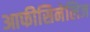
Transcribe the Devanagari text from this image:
आफीसिनेलिज